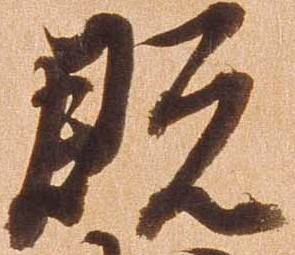
既